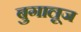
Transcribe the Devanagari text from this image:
बुगालूज